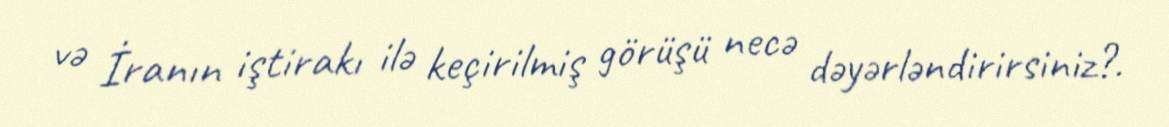
və İranın iştirakı ilə keçirilmiş görüşü necə dəyərləndirirsiniz?.